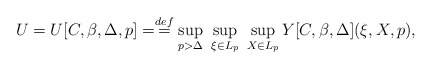
\begin{align*} U = U[C, \beta,\Delta,p] = \stackrel{def}{=} \sup_{p > \Delta} \ \sup_{\xi \in L_p} \ \sup_{X \in L_p} Y[C,\beta, \Delta](\xi, X,p),\end{align*}